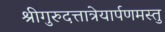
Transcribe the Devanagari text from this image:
श्रीगुरुदत्तात्रेयार्पणमस्तु